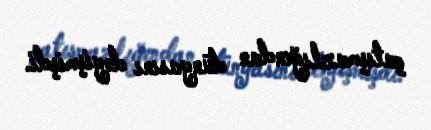
çatışmazlığından dünyasını dəyişmişdi.